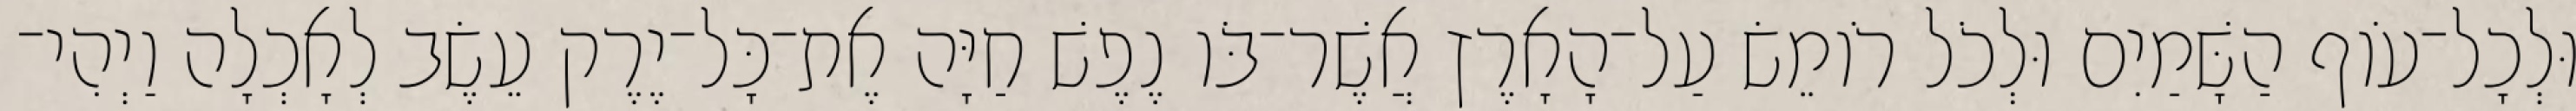
וּלְכָל־עֹוף הַשָּׁמַיִם וּלְכֹל רֹומֵשׂ עַל־הָאָרֶץ אֲשֶׁר־בֹּו נֶפֶשׁ חַיָּה אֶת־כָּל־יֶרֶק עֵשֶׂב לְאָכְלָה וַיְהִי־